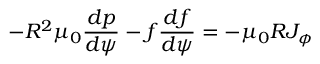
- R ^ { 2 } \mu _ { 0 } \frac { d p } { d \psi } - f \frac { d f } { d \psi } = - \mu _ { 0 } R J _ { \phi }